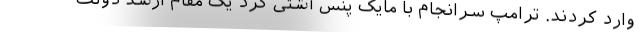
وارد کردند. ترامپ سرانجام با مایک پنس آشتی کرد یک مقام ارشد دولت